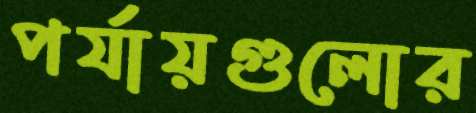
পর্যায়গুলোর